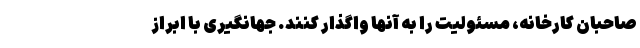
صاحبان کارخانه، مسئولیت را به آنها واگذار کنند. جهانگیری با ابراز